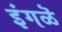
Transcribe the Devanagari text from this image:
इंगळॆ